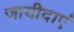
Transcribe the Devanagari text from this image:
जायीदाएं